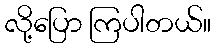
လို့ပြော ကြပါတယ်။